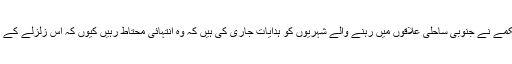
نیوزی لینڈ کے شہری دفاع کے محکمے نے جنوبی ساحلی علاقوں میں رہنے والے شہریوں کو ہدایات جاری کی ہیں کہ وہ انتہائی محتاط رہیں کیوں کہ اس زلزلے کے باعث سونامی کا خطرہ ہو سکتا ہے۔